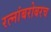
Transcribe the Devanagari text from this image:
रत्‍नांबरोबरच